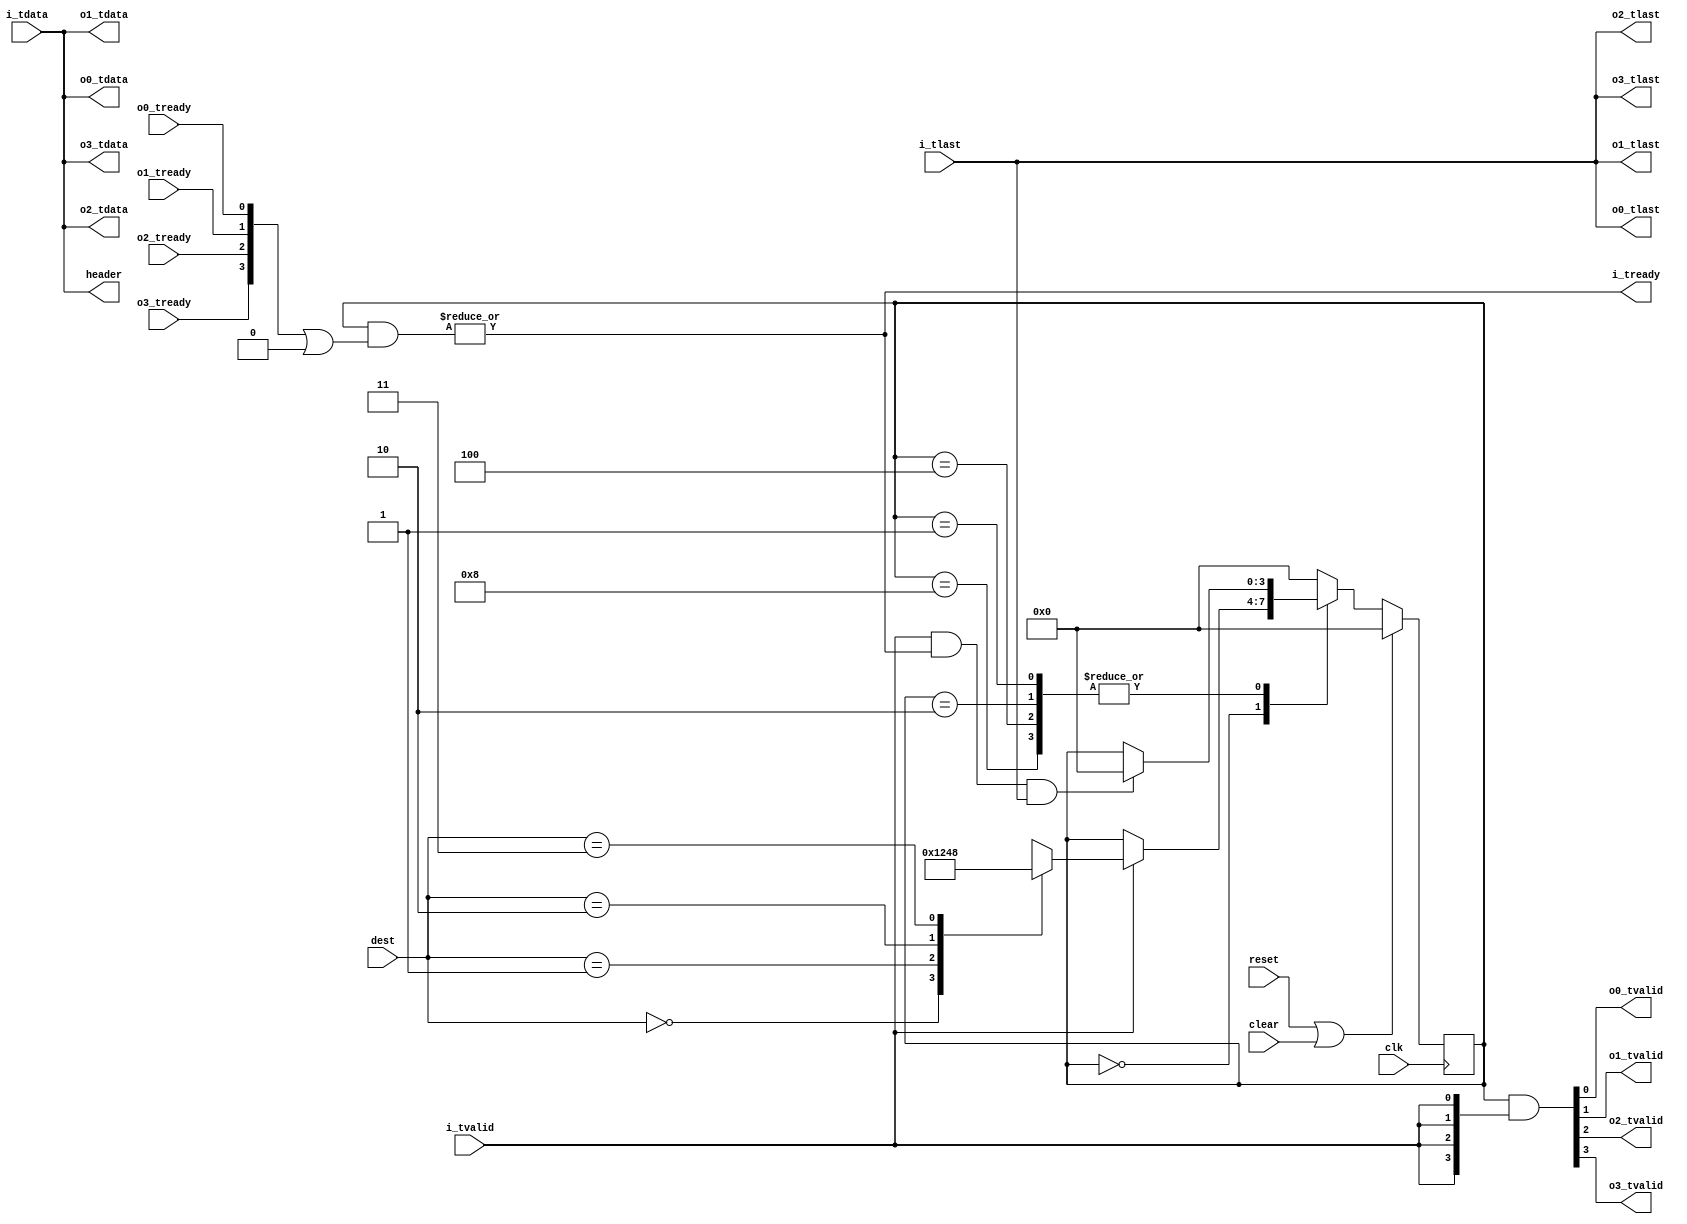

// Copyright 2012 Ettus Research LLC
// Copyright 2018 Ettus Research, a National Instruments Company
//
// SPDX-License-Identifier: LGPL-3.0-or-later
// axi_demux -- takes one AXI stream, sends to one of 4 output channels
//   Choice of output channel is by external logic based on first line of packet ("header" port)
//   If compressed vita data, this line contains vita header and streamid.

module axi_demux4
  #(parameter ACTIVE_CHAN = 4'b1111,  // ACTIVE_CHAN is a map of connected outputs
    parameter WIDTH = 64,
    parameter BUFFER=0)
   (input clk, input reset, input clear,
    output [WIDTH-1:0] header, input [1:0] dest,
    input [WIDTH-1:0] i_tdata, input i_tlast, input i_tvalid, output i_tready,
    output [WIDTH-1:0] o0_tdata, output o0_tlast, output o0_tvalid, input o0_tready,
    output [WIDTH-1:0] o1_tdata, output o1_tlast, output o1_tvalid, input o1_tready,
    output [WIDTH-1:0] o2_tdata, output o2_tlast, output o2_tvalid, input o2_tready,
    output [WIDTH-1:0] o3_tdata, output o3_tlast, output o3_tvalid, input o3_tready);

   wire [WIDTH-1:0]    i_tdata_int;
   wire 	       i_tlast_int, i_tvalid_int, i_tready_int;

   generate
      if(BUFFER == 0)
	begin
	   assign i_tdata_int = i_tdata;
	   assign i_tlast_int = i_tlast;
	   assign i_tvalid_int = i_tvalid;
	   assign i_tready = i_tready_int;
	end
      else
	axi_fifo_flop2 #(.WIDTH(WIDTH+1)) axi_fifo_flop2
	  (.clk(clk), .reset(reset), .clear(clear),
	   .i_tdata({i_tlast,i_tdata}), .i_tvalid(i_tvalid), .i_tready(i_tready),
	   .o_tdata({i_tlast_int,i_tdata_int}), .o_tvalid(i_tvalid_int), .o_tready(i_tready_int),
	   .space(), .occupied());
   endgenerate

   reg [3:0] 	  dm_state;
   localparam DM_IDLE = 4'b0000;
   localparam DM_0    = 4'b0001;
   localparam DM_1    = 4'b0010;
   localparam DM_2    = 4'b0100;
   localparam DM_3    = 4'b1000;

   assign header = i_tdata_int;
   
   always @(posedge clk)
     if(reset | clear)
       dm_state <= DM_IDLE;
     else
       case (dm_state)
	 DM_IDLE :
	   if(i_tvalid_int)
	     case(dest)
	       2'b00 : dm_state <= DM_0;
	       2'b01 : dm_state <= DM_1;
	       2'b10 : dm_state <= DM_2;
	       2'b11 : dm_state <= DM_3;
	     endcase // case (i_tdata[1:0])
	 
	 DM_0, DM_1, DM_2, DM_3 :
	   if(i_tvalid_int & i_tready_int & i_tlast_int)
	     dm_state <= DM_IDLE;
	 
	 default :
	   dm_state <= DM_IDLE;
       endcase // case (dm_state)

   assign {o3_tvalid, o2_tvalid, o1_tvalid, o0_tvalid} = dm_state & {4{i_tvalid_int}};
   assign i_tready_int = |(dm_state & ({o3_tready, o2_tready, o1_tready, o0_tready} | ~ACTIVE_CHAN));
      
   assign {o0_tlast, o0_tdata} = {i_tlast_int, i_tdata_int};
   assign {o1_tlast, o1_tdata} = {i_tlast_int, i_tdata_int};
   assign {o2_tlast, o2_tdata} = {i_tlast_int, i_tdata_int};
   assign {o3_tlast, o3_tdata} = {i_tlast_int, i_tdata_int};
   
endmodule // axi_demux4